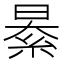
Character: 𦀤